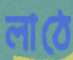
লাঠে